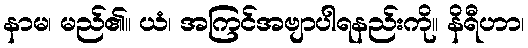
နာမ၊ မည်၏။ ယံ၊ အကြင်အဗျာပါရနည်းကို။ နိရီဟာ၊